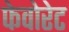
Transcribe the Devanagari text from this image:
फेवोरेट